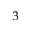
^ 3